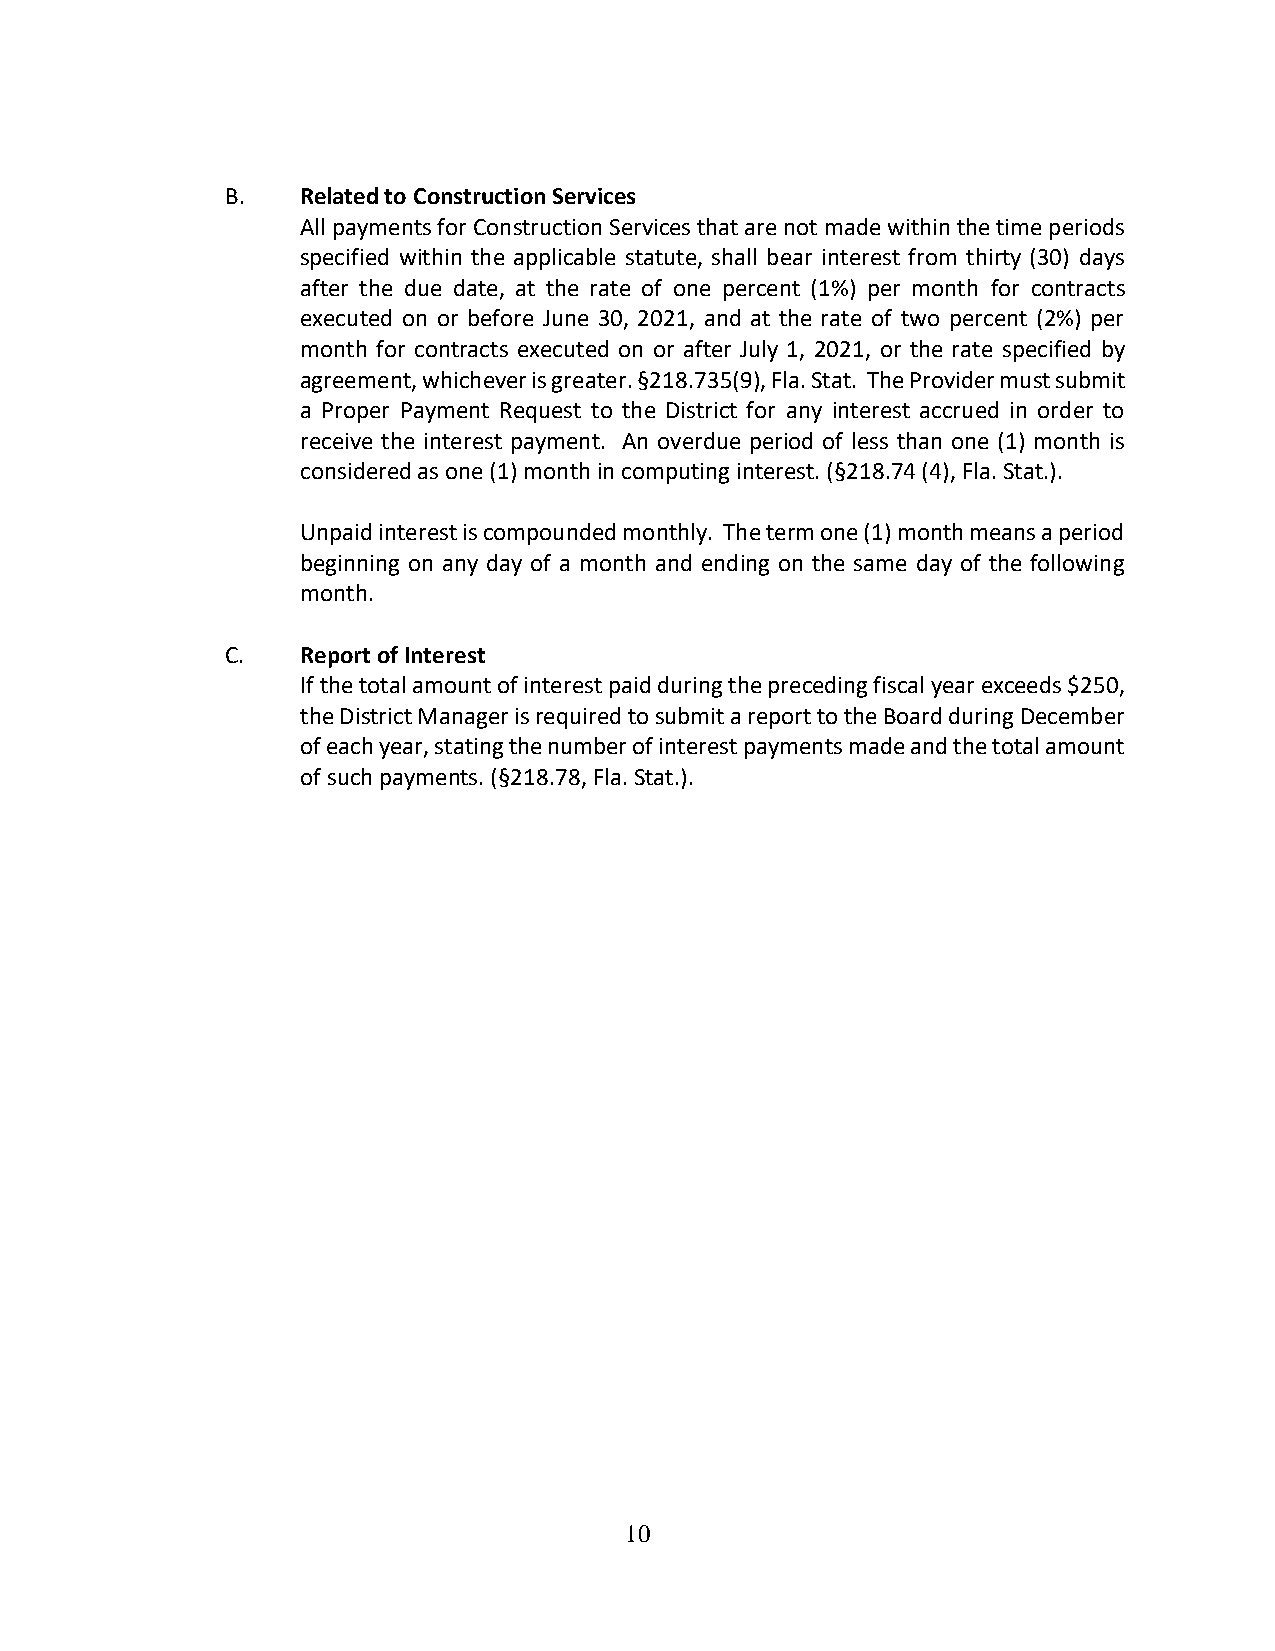
B.   Related to Construction Services
 All payments for Construction Services that are not made within the time periods
 specified within the applicable statute, shall bear interest from thirty (30) days
 after the due date, at the rate of one percent (1%) per month for contracts
 executed on or before June 30, 2021, and at the rate of two percent (2%) per
 month for contracts executed on or after July 1, 2021, or the rate specified by
 agreement, whichever is greater. §218.735(9), Fla. Stat. The Provider must submit
 a Proper Payment Request to the District for any interest accrued in order to
 receive the interest payment. An overdue period of less than one (1) month is
 considered as one (1) month in computing interest. (§218.74 (4), Fla. Stat.).
 Unpaid interest is compounded monthly. The term one (1) month means a period
 beginning on any day of a month and ending on the same day of the following
 month.
 C.   Report of Interest
 If the total amount of interest paid during the preceding fiscal year exceeds $250,
 the District Manager is required to submit a report to the Board during December
 of each year, stating the number of interest payments made and the total amount
 of such payments. (§218.78, Fla. Stat.).
 10